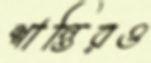
শান্তিরও